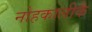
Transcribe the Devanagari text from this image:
नोहकालीकै